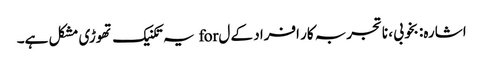
اشارہ: بخوبی ، ناتجربہ کار افراد کے ل for یہ تکنیک تھوڑی مشکل ہے۔